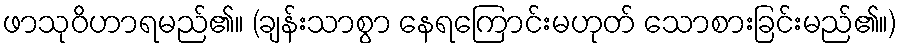
ဖာသုဝိဟာရမည်၏။ (ချန်းသာစွာ နေရကြောင်းမဟုတ် သောစားခြင်းမည်၏။)